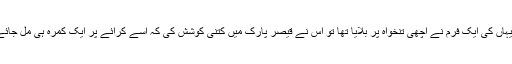
کلکتے سے جب اسے یہاں کی ایک فرم نے اچھی تنخواہ پر بلایا تھا تو اس نے قیصر پارک میں کتنی کوشش کی کہ اسے کرائے پر ایک کمرہ ہی مل جائے مگر وہ ناکام رہا تھا۔